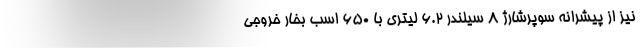
نیز از پیشرانه سوپرشارژ 8 سیلندر 6.2 لیتری با 650 اسب بخار خروجی